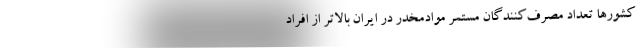
کشورها تعداد مصرف‌کنندگان مستمر موادمخدر در ایران بالاتر از افراد